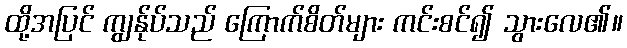
ထို့အပြင် ကျွန်ုပ်သည် ကြောက်စိတ်များ ကင်းစင်၍ သွားလေ၏။